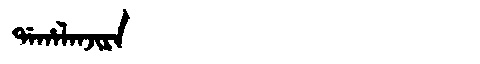
Manchu: ᡩᠠᡥᠠᠯᠠᠨᠵᡳᡵᠠ
Romanization: DAHALANJIRA